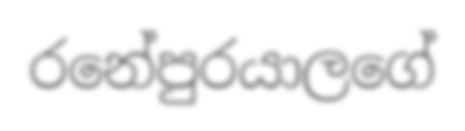
රනේපුරයාලගේ